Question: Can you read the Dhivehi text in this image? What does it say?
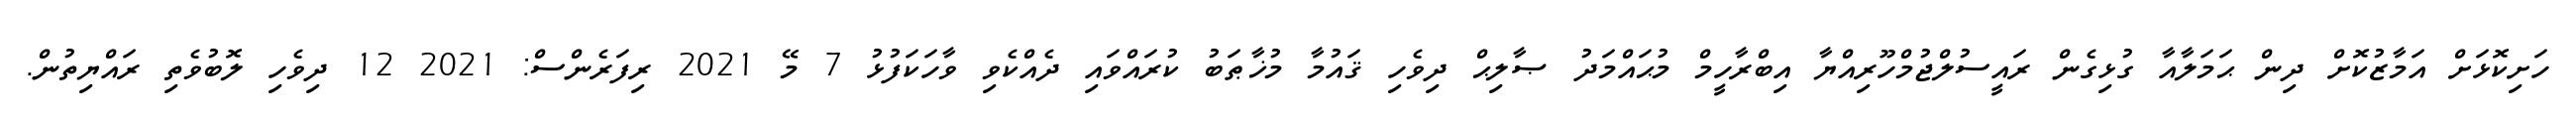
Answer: ހަށިކޮޅަށް އަމާޒުކޮށް ދިން ޙަމަލާއާ ގުޅިގެން ރައީސުލްޖުމްހޫރިއްޔާ އިބްރާހީމް މުޙައްމަދު ޞާލިޙް ދިވެހި ޤައުމާ މުޚާޠަބު ކުރައްވައި ދެއްކެވި ވާހަކަފުޅު 7 މޭ 2021 ރިފަރެންސް: 2021 12 ދިވެހި ލޮބުވެތި ރައްޔިތުން.